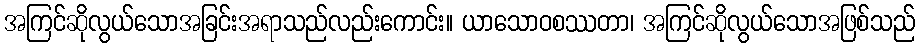
အကြင်ဆိုလွယ်သောအခြင်းအရာသည်လည်းကောင်း။ ယာသောဝစဿတာ၊ အကြင်ဆိုလွယ်သောအဖြစ်သည်